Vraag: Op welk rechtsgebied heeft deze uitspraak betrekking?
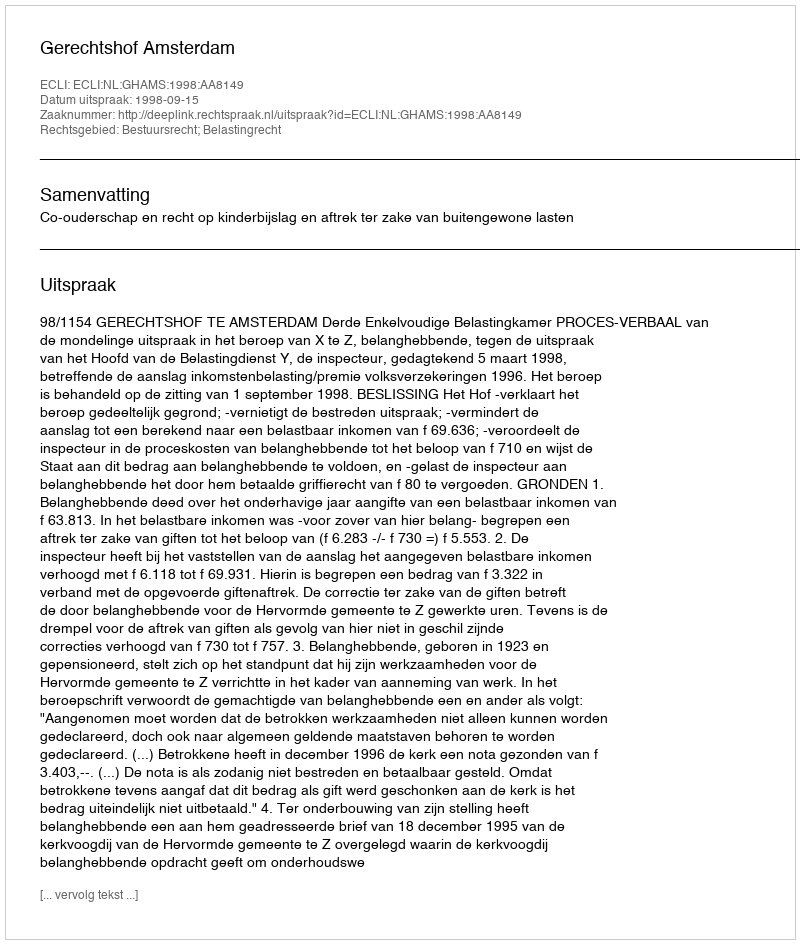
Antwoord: Bestuursrecht; Belastingrecht